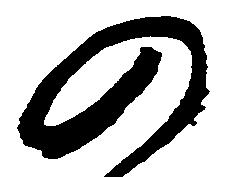
の